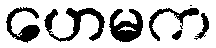
ဟေမက